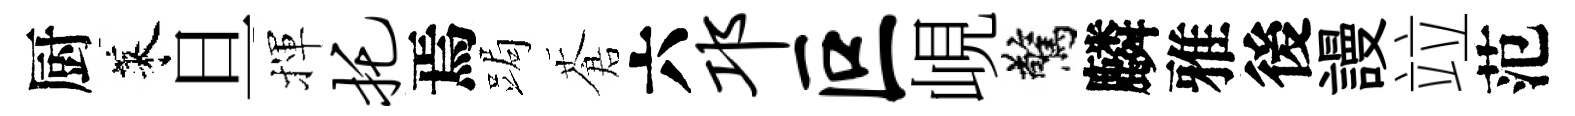
厨萊旦揮托焉跼蒼六邛叵峴驚麟雅後謾竝范